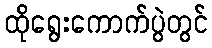
ထိုရွေးကောက်ပွဲတွင်